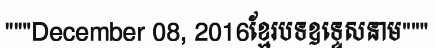
"""December 08, 2016ខ្មែរបទឧទ្ទេសនាម"""